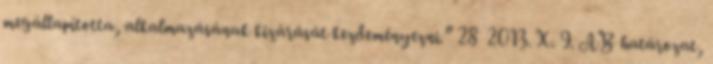
megállapította, alkalmazásának kizárását kezdeményezni.” 28 2013. X. 9. AB határozat,